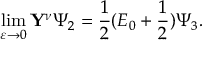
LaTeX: \operatorname * { l i m } _ { \varepsilon \to 0 } \mathbf { Y } ^ { \nu } \Psi _ { 2 } = \frac { 1 } { 2 } ( E _ { 0 } + \frac { 1 } { 2 } ) \Psi _ { 3 } .